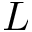
L